Report of the Indian Hemp Drugs Commission, 1894-1895 - Volume IV
Year: 1894
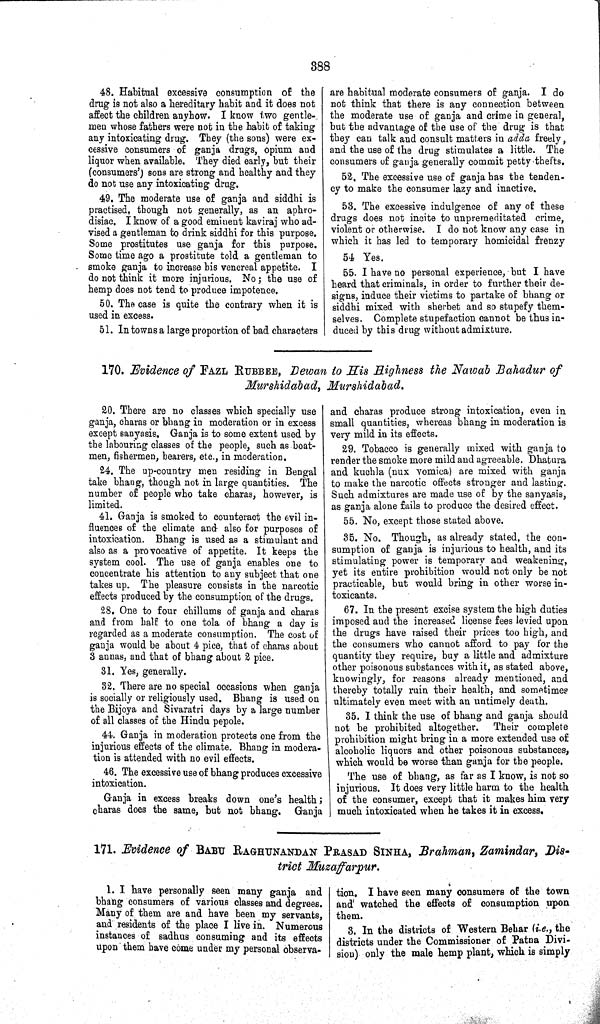
388
48. Habitual excessive consumption of the
drug is not also a hereditary habit and it does not
affect the children anyhow. I know two gentle-
men whose fathers were not in the habit of taking
any intoxicating drug. They (the sons) were ex-
cessive consumers of ganja drugs, opium and
liquor when available. They died early, but their
(consumers') sons are strong and healthy and they
do not use any intoxicating drug.
49. The moderate use of ganja and siddhi is
practised, though not generally, as an aphro-
disiac. I know of a good eminent kaviraj who ad-
vised a gentleman to drink siddhi for this purpose.
Some prostitutes use ganja for this purpose.
Some time ago a prostitute told a gentleman to
smoke ganja to increase his venereal appetite. I
do not think it more injurious. No; the use of
hemp does not tend to produce impotence.
50. The case is quite the contrary when it is
used in excess.
51. In towns a large proportion of bad characters
are habitual moderate consumers of ganja. I do
not think that there is any connection between
the moderate use of ganja and crime in general,
but the advantage of the use of the drug is that
they can talk and consult matters in adda freely,
and the use of the drug stimulates a little. The
consumers of ganja generally commit petty thefts.
52. The excessive use of ganja has the tenden-
cy to make the consumer lazy and inactive.
53. The excessive indulgence of any of these
drugs does not incite to unpremeditated crime,
violent or otherwise. I do not know any case in
which it has led to temporary homicidal frenzy
54. Yes.
55. I have no personal experience, but I have
heard that criminals, in order to further their de-
signs, induce their victims to partake of bhang or
siddhi mixed with sherbet and so stupefy them-
selves. Complete stupefaction cannot be thus in-
duced by this drug without admixture.
170. Evidence of FAZL RUNBBEE, Dewan to His Highness the Nawab Bahadur of
Murshidabad, Murshidabad.
20. There are no classes which specially use
ganja, charas or bhang in moderation or in excess
except sanyasis. Ganja is to some extent used by
the labouring classes of the people, such as boat-
men, fishermen, bearers, etc., in moderation.
24. The up-country men residing in Bengal
take bhang, though not in large quantities. The
number of people who take charas, however, is
limited.
41. Ganja is smoked to counteract the evil in-
fluences of the climate and also for purposes of
intoxication. Bhang is used as a stimulant and
also as a provocative of appetite. It keeps the
system cool. The use of ganja enables one to
concentrate his attention to any subject that one
takes up. The pleasure consists in the narcotic
effects produced by the consumption of the drugs.
28. One to four chillums of ganja and charas
and from half to one tola of bhang a day is
regarded as a moderate consumption. The cost of
ganja would be about 4 pice, that of charas about
3 annas, and that of bhang about 2 pice.
31. Yes, generally.
32. There are no special occasions when ganja
is socially or religiously used. Bhang is used on
the Bijoya and Sivaratri days by a large number
of all classes of the Hindu pepole.
44. Ganja in moderation protects one from the
injurious effects of the climate. Bhang in modera-
tion is attended with no evil effects.
46. The excessive use of bhang produces excessive
intoxication.
Ganja in excess breaks down one's health;
charas does the same, but not bhang. Ganja
and charas produce strong intoxication, even in
small quantities, whereas bhang in moderation is
very mild in its effects.
29. Tobacco is generally mixed with ganja to
render the smoke more mild and agreeable. Dhatura
and kuohla (nux vomica) are mixed with ganja
to make the narcotic offects stronger and lasting.
Such admixtures are made use of by the sanyasis,
as ganja alone fails to produce the desired effect.
55. No, except those stated above.
35. No. Though, as already stated, the con-
sumption of ganja is injurious to health, and its
stimulating power is temporary and weakening,
yet its entire prohibition would not only be not
practicable, but would bring in other worse in-
toxicants.
67. In the present excise system the high duties
imposed and the increased license fees levied upon
the drugs have raised their prices too high, and
the consumers who cannot afford to pay for the
quantity they require, buy a little and admixture
other poisonous substances with it, as stated above,
knowingly, for reasons already mentioned, and
thereby totally ruin their health, and sometimes
ultimately even meet with an untimely death.
35. I think the use of bhang and ganja should
not be prohibited altogether.
Their complete
prohibition might bring in a more extended use of
alcoholic liquors and other poisonous substances,
which would be worse than ganja for the people.
The use of bhang, as far as I know, is not so
injurious. It does very little harm to the health
of the consumer, except that it makes him very
much intoxicated when he takes it in excess.
171. Evidence of BABU RAGHUNANDAN PRASAD SINHA, Brahman, Zamindar, Dis-
trict Muzaffarpur.
1. I have personally seen many ganja and
bhang consumers of various classes and degrees.
Many of them are and have been my servants,
and residents of the place I live in. Numerous
instances of sadhus consuming and its effects
upon them have come under my personal observa-
tion. I have seen many consumers of the town
and watched the effects of consumption upon
them.
3. In the districts of Western Behar (i.e., the
districts under the Commissioner of Patna Divi-
sion) only the male hemp plant, which is simply